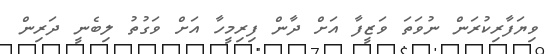
ވިޔަފާރިކުރަން ނުވަތަ ވަޒީފާ އަށް ދާން ފިރިމީހާ އަށް ވަގުތު ލިބެނީ ދަރިން